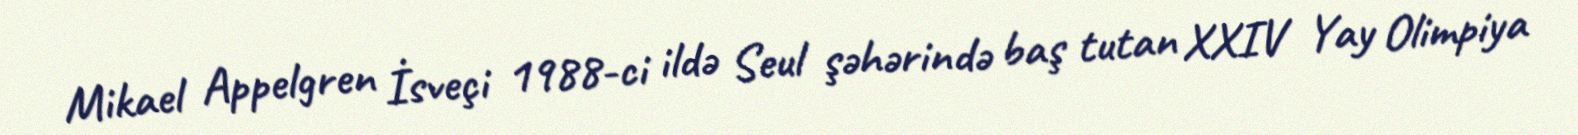
Mikael Appelgren İsveçi 1988-ci ildə Seul şəhərində baş tutan XXIV Yay Olimpiya